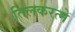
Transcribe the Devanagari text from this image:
तिलकरत्‍ने